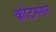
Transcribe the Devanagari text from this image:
कोटमसर